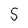
Character: 5